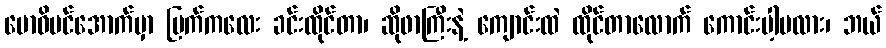
ဗောဓိပင်အောက်မှာ မြက်ကလေး ခင်းထိုင်တာ၊ ဆိုဖာကြီးနဲ့ ကျောင်းထဲ ထိုင်တာလောက် ကောင်းပါ့မလား၊ ဘယ်